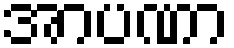
အာပဏာ